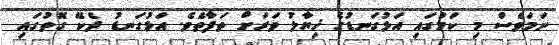
ނަމަވެސް މި ކަމުގައި އަޅުގަނޑުގެ ޚިޔާލު ވަރަށް ތަފާތެވެ. އަޅުގަނޑު ދެކޭ ގޮތުގައި